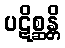
ပဋိစ္ဆန္တိ